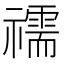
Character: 𥜗